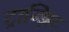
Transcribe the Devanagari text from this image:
ट्रान्झिट